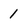
Character: 1